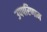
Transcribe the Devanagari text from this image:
उपपरिणाम